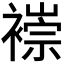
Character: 𫌌